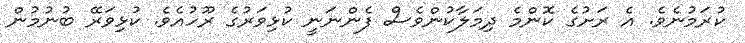
ކުރަމުނެވެ. އެ ރަށުގެ ކޮންމެ ދިމަލާކުންވެސް ފެންނަނީ ކުޅިވަރުގެ ރޫހުއެވެ. ކުޅިވަރޭ ބުނުމުން